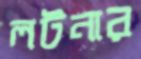
লটনার